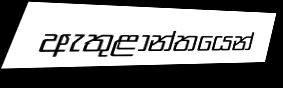
ඇතුළාන්තයෙන්